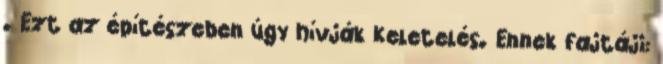
. Ezt az építészeben úgy hívják Keletelés. Ennek fajtáji: